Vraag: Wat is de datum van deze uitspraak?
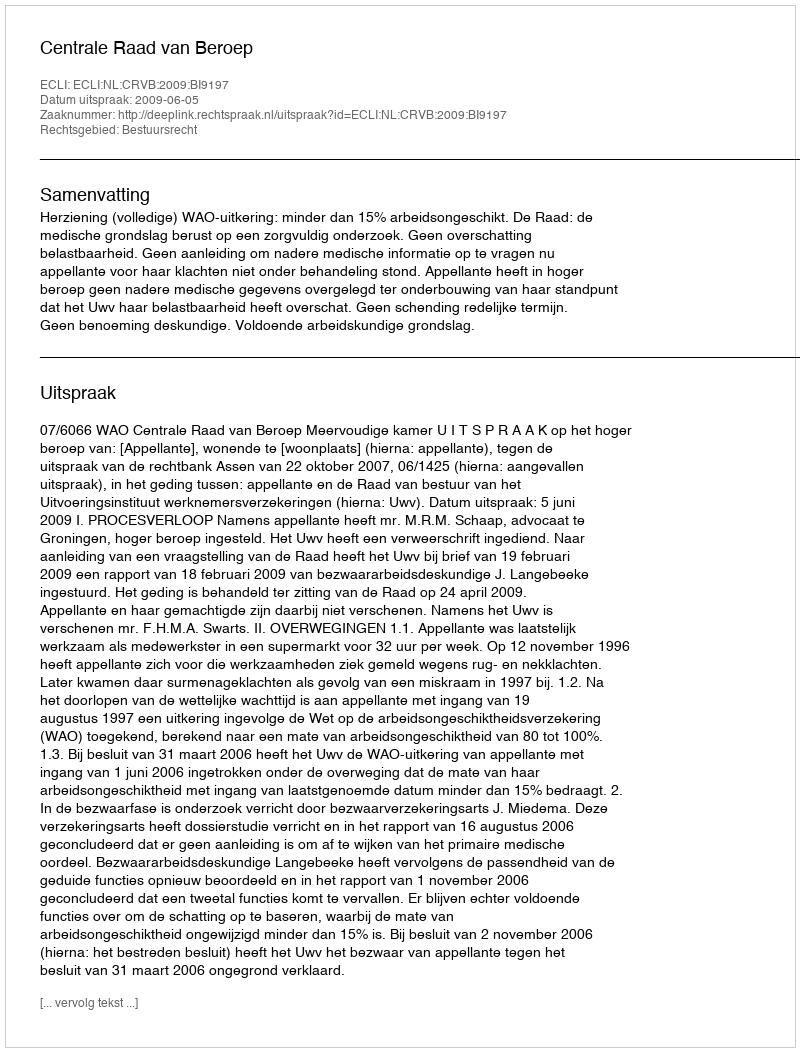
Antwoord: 2009-06-05